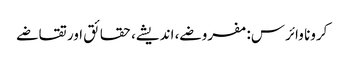
کرونا وائرس: مفروضے، اندیشے، حقائق اور تقاضے